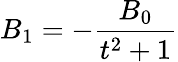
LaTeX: B_{1}=-\frac{B_{0}}{t^{2}+1}